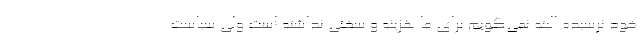
خود نرسیده البته نمی‌گویم برای ما هزینه و سختی نداشته است ولی سیاست